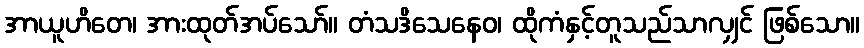
အာယူဟိတေ၊ အားထုတ်အပ်သော်။ တံသဒိသေနေဝ၊ ထိုကံနှင့်တူသည်သာလျှင် ဖြစ်သော။